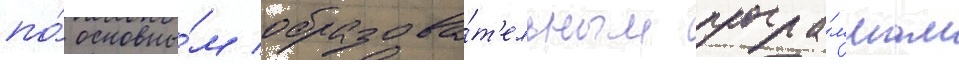
по́ основны́м образова́т'ельным програ́ммам